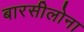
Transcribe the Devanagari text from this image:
बारसीलोना